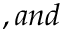
, a n d